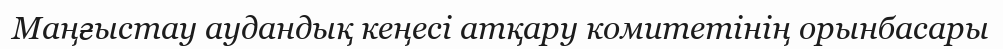
Маңғыстау аудандық кеңесі атқару комитетінің орынбасары